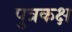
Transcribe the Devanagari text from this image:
पुत्रकक्ष